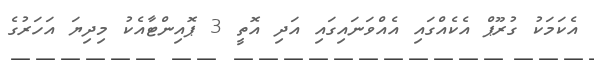
އެކަމަކު ގުރޫޕް އެކެއްގައި އެއްވަނައިގައި އަދި އޮތީ 3 ޕޮއިންޓާއެކު މިދިޔަ އަހަރުގެ